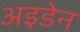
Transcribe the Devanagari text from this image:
अइडेन